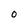
Character: O